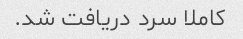
کاملا سرد دریافت شد.